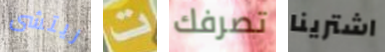
ريتشى ت تصرفك اشترينا